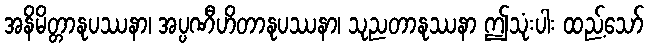
အနိမိတ္တာနုပဿနာ၊ အပ္ပဏီဟိတာနုပဿနာ၊ သုညတာနုဿနာ ဤသုံးပါး ထည့်သော်